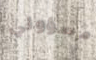
مسؤولي